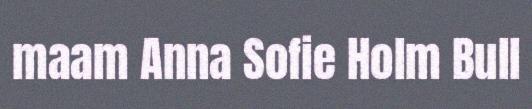
maam Anna Sofie Holm Bull